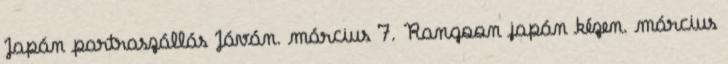
Japán partraszállás Jáván. március 7. Rangoon japán kézen. március